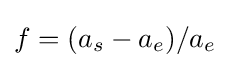
f=(a_{s}-a_{e})/a_{e}